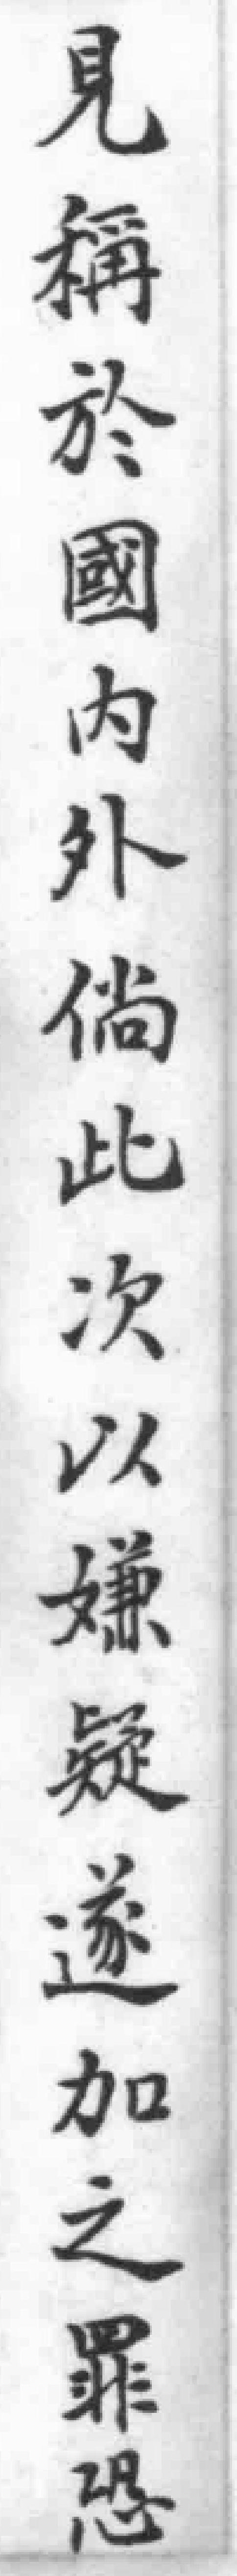
見稱於國內外倘此次以嫌疑遂加之罪恐